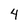
Character: 4